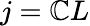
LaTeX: j=\mathbb{C}L